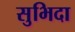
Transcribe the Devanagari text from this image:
सुभिदा